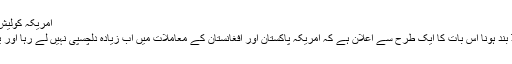
امریکہ کولیش سپورٹ فنڈ روکنے سے متعلق اپنے فیصلے پر نظر ثانی کرے
دفاعی امور کے تجزیہ کاروں کا کہنا ہے کہ کولیشن سپورٹ فنڈ بند ہونا اس بات کا ایک طرح سے اعلان ہے کہ امریکہ پاکستان اور افغانستان کے معاملات میں اب زیادہ دلچسپی نہیں لے رہا اور یہ کہ اس خطے سے امریکہ کی مکمل روانگی کا وقت آ گیا ہے۔